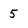
Character: 5